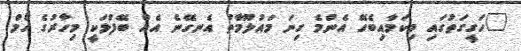
"ހަގީގަތުގައި މިކަމާއިބެހޭ އެންމެ ގިނަ މައުލޫމާތު އެނގޭނެ އެެއް ބޭފުޅަކީ މިހާރުގެ ހޯމް